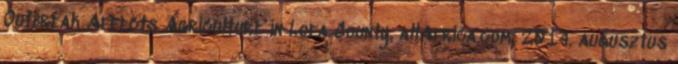
Outbreak Affects Agriculture in Lofa County. allAfrica.com, 2014. augusztus